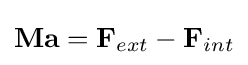
\mathbf {Ma} =\mathbf {F} _{ext}-\mathbf {F} _{int}